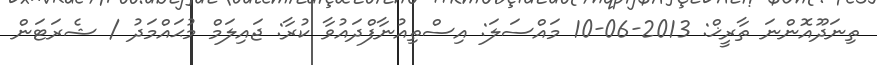
ތިނަދޫއޮންނަ ތާރީޚް: 2013-06-10 މައްސަލަ: އިސްތިއުނާފްދައުވާ ކުރާ: ޖައިލަމް މުޙައްމަދު / ޝެރަޓަން